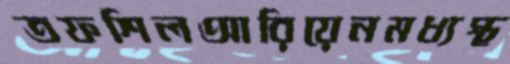
তফশিলআরিয়েনমধ্যস্থ